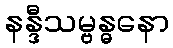
နန္ဒီသမ္ဗန္ဓနော